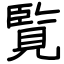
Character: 覧